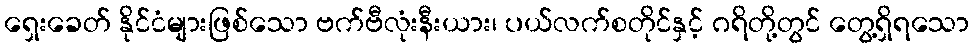
ရှေးခေတ် နိုင်ငံများဖြစ်သော ဗက်ဗီလုံးနီးယား၊ ပယ်လက်စတိုင်နှင့် ဂရိတို့တွင် တွေ့ရှိရသော